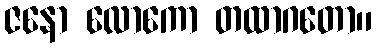
ဇနော လောကော တထာဂတော။